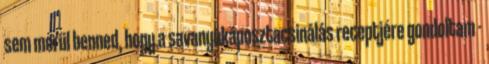
sem merül benned, hogy a savanyúkáposztacsinálás receptjére gondoltam -